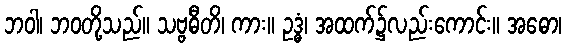
ဘဝါ၊ ဘဝတို့သည်။ သဗ္ဗဓီတိ၊ ကား။ ဥဒ္ဓံ၊ အထက်၌လည်းကောင်း။ အဓော၊